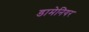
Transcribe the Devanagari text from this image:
डामेनियर